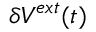
\delta V ^ { e x t } ( t )